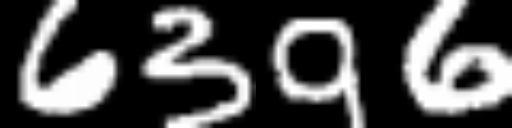
Text: 6396